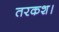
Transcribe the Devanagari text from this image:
तरकश।